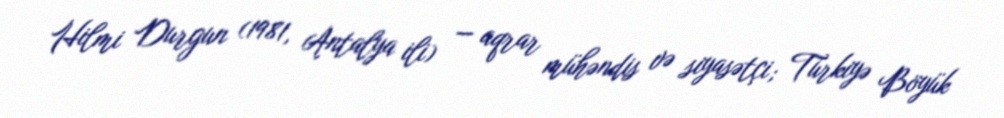
Hilmi Durgun (1981, Antalya ili) — aqrar mühəndis və siyasətçi; Türkiyə Böyük